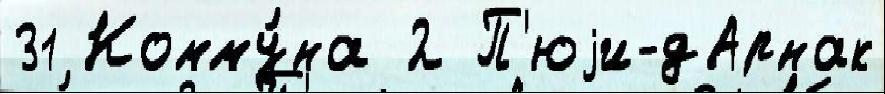
31 Комму́на 2 П'юjи-дАрнак